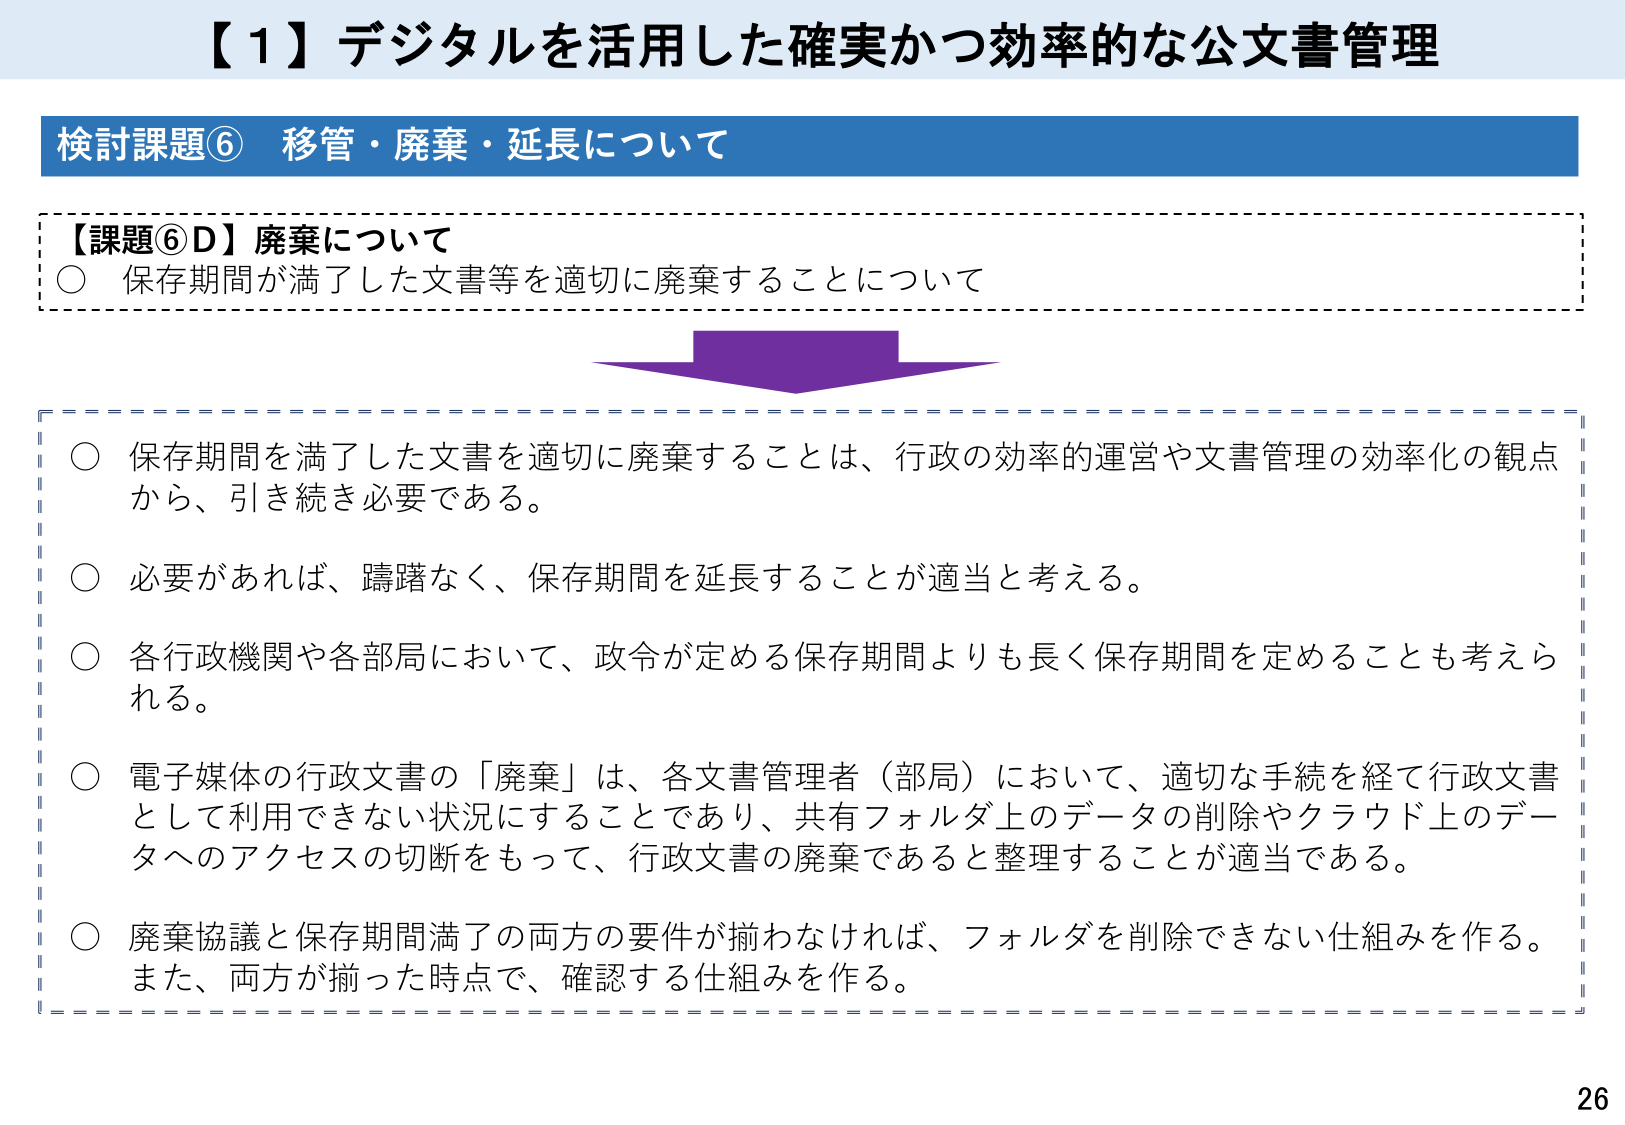
【１】デジタルを活用した確実かつ効率的な公文書管理

検討課題⑥ 移管・廃棄・延長について

【課題⑥D】廃棄について
○ 保存期間が満了した文書等を適切に廃棄することについて

○ 保存期間を満了した文書を適切に廃棄することは、行政の効率的運営や文書管理の効率化の観点から、引き続き必要である。

○ 必要があれば、躊躇なく、保存期間を延長することが適当と考える。

○ 各行政機関や各部局において、政令が定める保存期間よりも長く保存期間を定めることも考えられる。

○ 電子媒体の行政文書の「廃棄」は、各文書管理者（部局）において、適切な手続を経て行政文書として利用できない状況にすることであり、共有フォルダ上のデータの削除やクラウド上のデータへのアクセスの切断をもって、行政文書の廃棄であると整理することが適当である。

○ 廃棄協議と保存期間満了の両方の要件が揃わなければ、フォルダを削除できない仕組みを作る。また、両方が揃った時点で、確認する仕組みを作る。

26